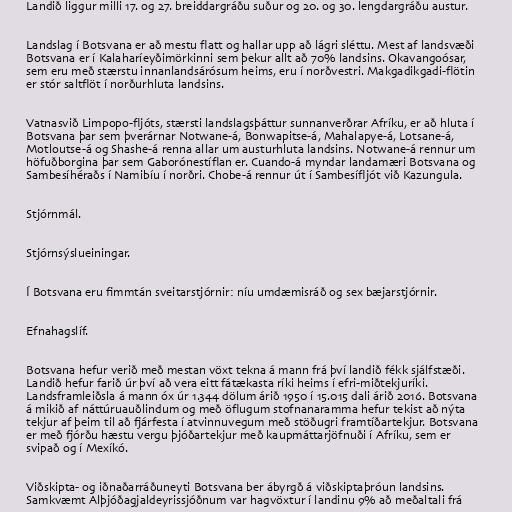
Landið liggur milli 17. og 27. breiddargráðu suður og 20. og 30. lengdargráðu austur.

Landslag í Botsvana er að mestu flatt og hallar upp að lágri sléttu. Mest af landsvæði
Botsvana er í Kalaharíeyðimörkinni sem þekur allt að 70% landsins. Okavangoósar,
sem eru með stærstu innanlandsárósum heims, eru í norðvestri. Makgadikgadi-flötin
er stór saltflöt í norðurhluta landsins.

Vatnasvið Limpopo-fljóts, stærsti landslagsþáttur sunnanverðrar Afríku, er að hluta í
Botsvana þar sem þverárnar Notwane-á, Bonwapitse-á, Mahalapye-á, Lotsane-á,
Motloutse-á og Shashe-á renna allar um austurhluta landsins. Notwane-á rennur um
höfuðborgina þar sem Gaborónestíflan er. Cuando-á myndar landamæri Botsvana og
Sambesíhéraðs í Namibíu í norðri. Chobe-á rennur út í Sambesífljót við Kazungula.

Stjórnmál.

Stjórnsýslueiningar.

Í Botsvana eru fimmtán sveitarstjórnir: níu umdæmisráð og sex bæjarstjórnir.

Efnahagslíf.

Botsvana hefur verið með mestan vöxt tekna á mann frá því landið fékk sjálfstæði.
Landið hefur farið úr því að vera eitt fátækasta ríki heims í efri-miðtekjuríki.
Landsframleiðsla á mann óx úr 1.344 dölum árið 1950 í 15.015 dali árið 2016. Botsvana
á mikið af náttúruauðlindum og með öflugum stofnanaramma hefur tekist að nýta
tekjur af þeim til að fjárfesta í atvinnuvegum með stöðugri framtíðartekjur. Botsvana
er með fjórðu hæstu vergu þjóðartekjur með kaupmáttarjöfnuði í Afríku, sem er
svipað og í Mexíkó.

Viðskipta- og iðnaðarráðuneyti Botsvana ber ábyrgð á viðskiptaþróun landsins.
Samkvæmt Alþjóðagjaldeyrissjóðnum var hagvöxtur í landinu 9% að meðaltali frá